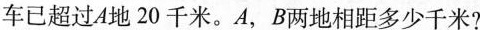
车已超过A地20千米。A，B两地相距多少千米?